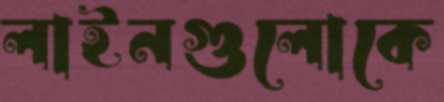
লাইনগুলোকে